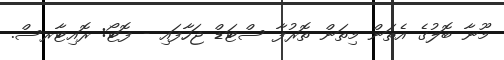
މޫނާ ބޮލުގެ އެތަން މިތަން ތޮރުފާ ސްޓަޑް ޖަހާފައި - ފޮޓޯ: ރޮއިޓާރސް.